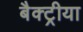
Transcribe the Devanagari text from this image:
बैक्ट्रीया